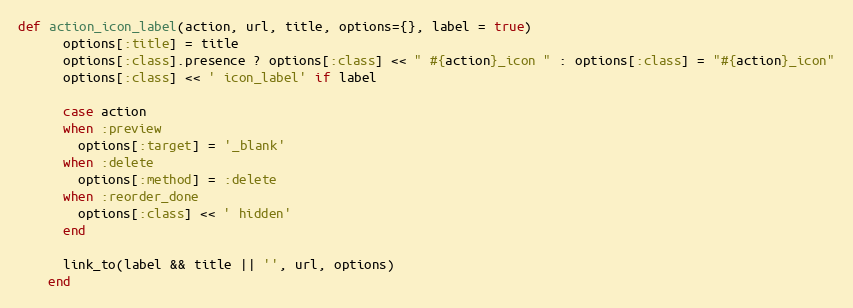
Language: Ruby
def action_icon_label(action, url, title, options={}, label = true)
      options[:title] = title
      options[:class].presence ? options[:class] << " #{action}_icon " : options[:class] = "#{action}_icon"
      options[:class] << ' icon_label' if label

      case action
      when :preview
        options[:target] = '_blank'
      when :delete
        options[:method] = :delete
      when :reorder_done
        options[:class] << ' hidden'
      end

      link_to(label && title || '', url, options)
    end